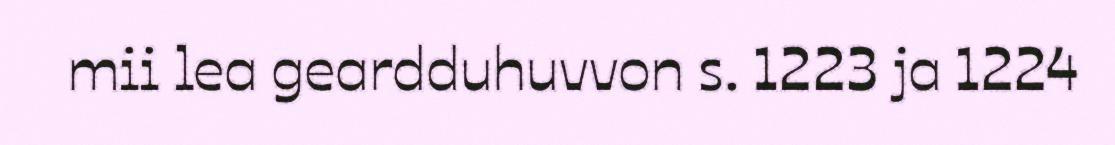
mii lea geardduhuvvon s. 1223 ja 1224